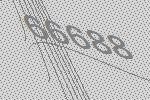
66688